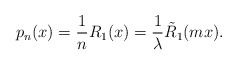
\begin{align*}p_{n}(x)=\frac{1}{n}R_1(x)=\frac{1}{\lambda}\tilde{R}_1(mx).\end{align*}